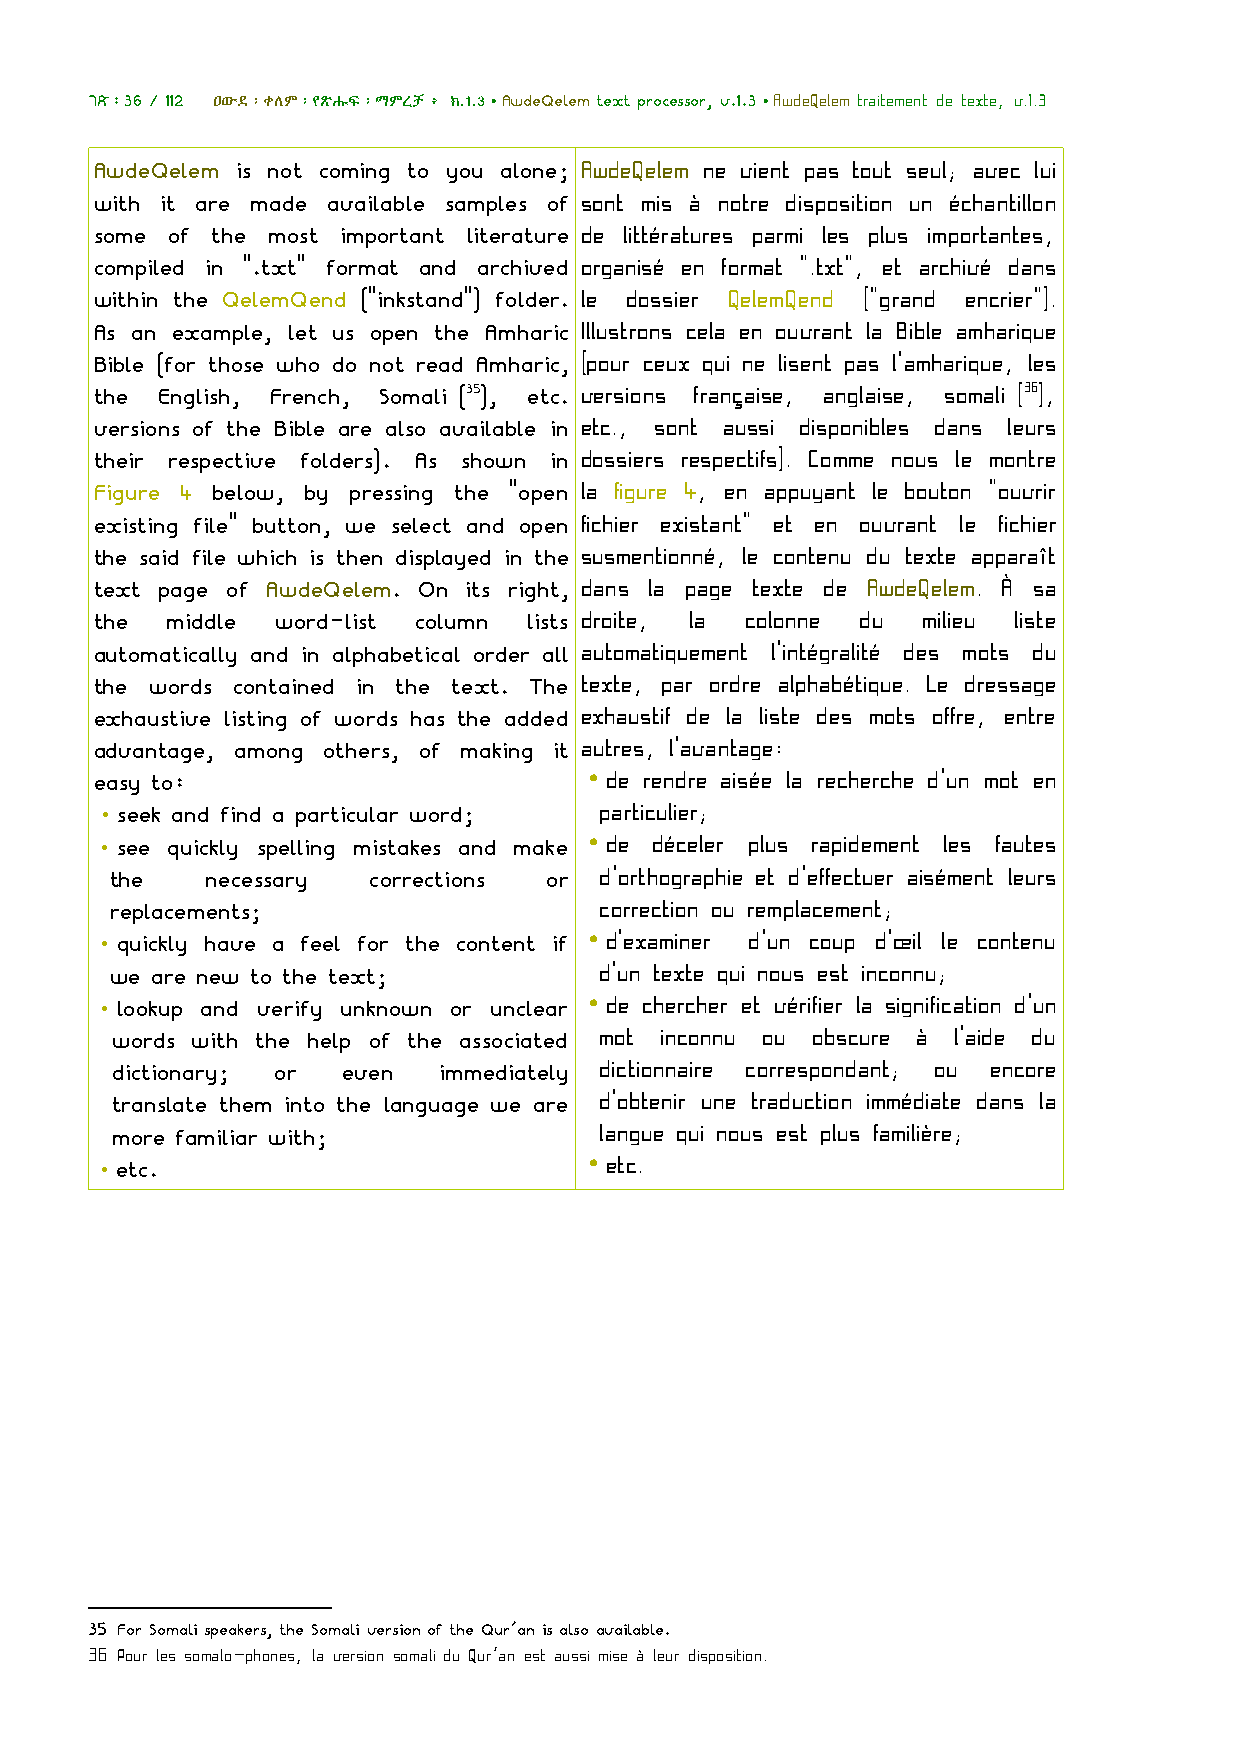
ገጽ፡36 / 112 ዐውደ፡ቀለም፡የጽሑፍ፡ማምረቻ፥ ክ.1.3•AwdeQelem text processor, v.1.3•AwdeQelem traitement de texte, v.1.3
 AwdeQelem is not coming to you alone; AwdeQelem ne vient pas tout seul; avec lui
 with it are made available samples of sont mis à notre disposition un échantillon
 some of the most important literature de littératures parmi les plus importantes,
 compiled in ".txt" format and archived organisé en format ".txt", et archivé dans
 within the QelemQend ("inkstand") folder. le dossier QelemQend ("grand encrier").
 As an example, let us open the Amharic Illustrons cela en ouvrant la Bible amharique
 Bible (for those who do not read Amharic, (pour ceux qui ne lisent pas l'amharique, les
 the  English, French, Somali (35), etc. versions française, anglaise, somali (36),
 versions of the Bible are also available in etc., sont aussi disponibles dans leurs
 their respective folders). As shown in dossiers respectifs). Comme nous le montre
 Figure 4 below, by pressing the "open la figure 4, en appuyant le bouton "ouvrir
 existing file" button, we select and open fichier existant" et en ouvrant le fichier
 the said file which is then displayed in the susmentionné, le contenu du texte apparaît
 text page of AwdeQelem. On its right, dans la page texte de AwdeQelem. À sa
 the  middle word-list column lists droite, la colonne du milieu liste
 automatically and in alphabetical order all automatiquement l'intégralité des mots du
 the words contained in the text. The texte, par ordre alphabétique. Le dressage
 exhaustive listing of words has the added exhaustif de la liste des mots offre, entre
 advantage, among others, of making it autres, l'avantage:
 easy to:                        •de  rendre aisée la recherche d'un mot en
 •seek and find a particular word; particulier;
 •see quickly spelling mistakes and make •de déceler plus rapidement les fautes
 the    necessary corrections or  d'orthographie et d'effectuer aisément leurs
 replacements;                    correction ou remplacement;
 •quickly have a feel for the content if •d'examiner d'un coup d'œil le contenu
 we are new to the text;          d'un texte qui nous est inconnu;
 •lookup and verify unknown or unclear •de chercher et vérifier la signification d'un
 words with the help of the associated mot inconnu ou obscure à l'aide du
 dictionary; or  even  immediately dictionnaire correspondant; ou encore
 translate them into the language we are d'obtenir une traduction immédiate dans la
 more familiar with;              langue qui nous est plus familière;
 •etc.                           •etc.
 35 For Somali speakers, the Somali version of the Qur´an is also available.
 36 Pour les somalo-phones, la version somali du Qur´an est aussi mise à leur disposition.